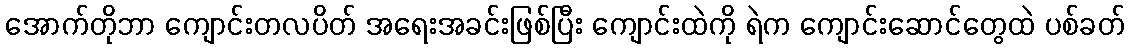
အောက်တိုဘာ ကျောင်းတလပိတ် အရေးအခင်းဖြစ်ပြီး ကျောင်းထဲကို ရဲက ကျောင်းဆောင်တွေထဲ ပစ်ခတ်